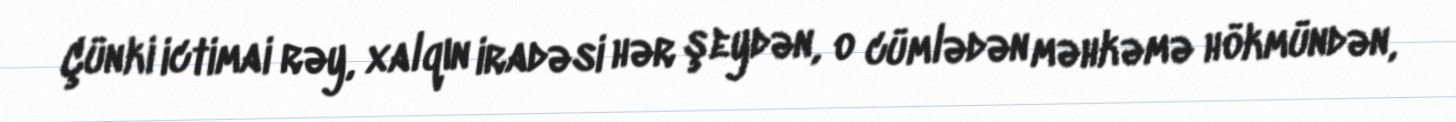
Çünki ictimai rəy, xalqın iradəsi hər şeydən, o cümlədən məhkəmə hökmündən,